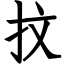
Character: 抆